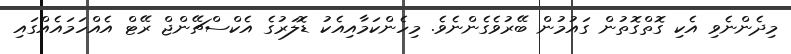
މިދެންނެވި އެކި ގޮތްގޮތުން ގައުމުން ބޭރުވެގެންނެވެ. މިހެންކަމާއިއެކު ޑޮލަރުގެ އެކްސްޗޭންޖް ރޭޓް އެއްހަމައެއްގައި